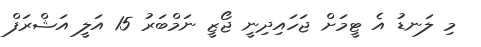
މި ލަނޑު އެ ޓީމަށް ޖަހައިދިނީ ޖޯޒީ ނަމްބަރު 15 އަލީ އަޝްރަފް